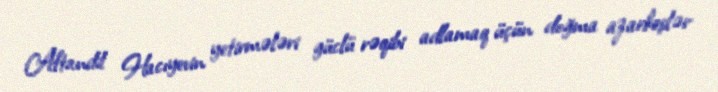
Aftandil Hacıyevin yetirmələri güclü rəqibi adlamaq üçün doğma azarkeşlər